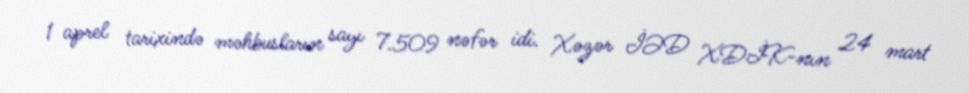
1 aprel tarixində məhbusların sayı 7.509 nəfər idi. Xəzər İƏD XDİK-nın 24 mart